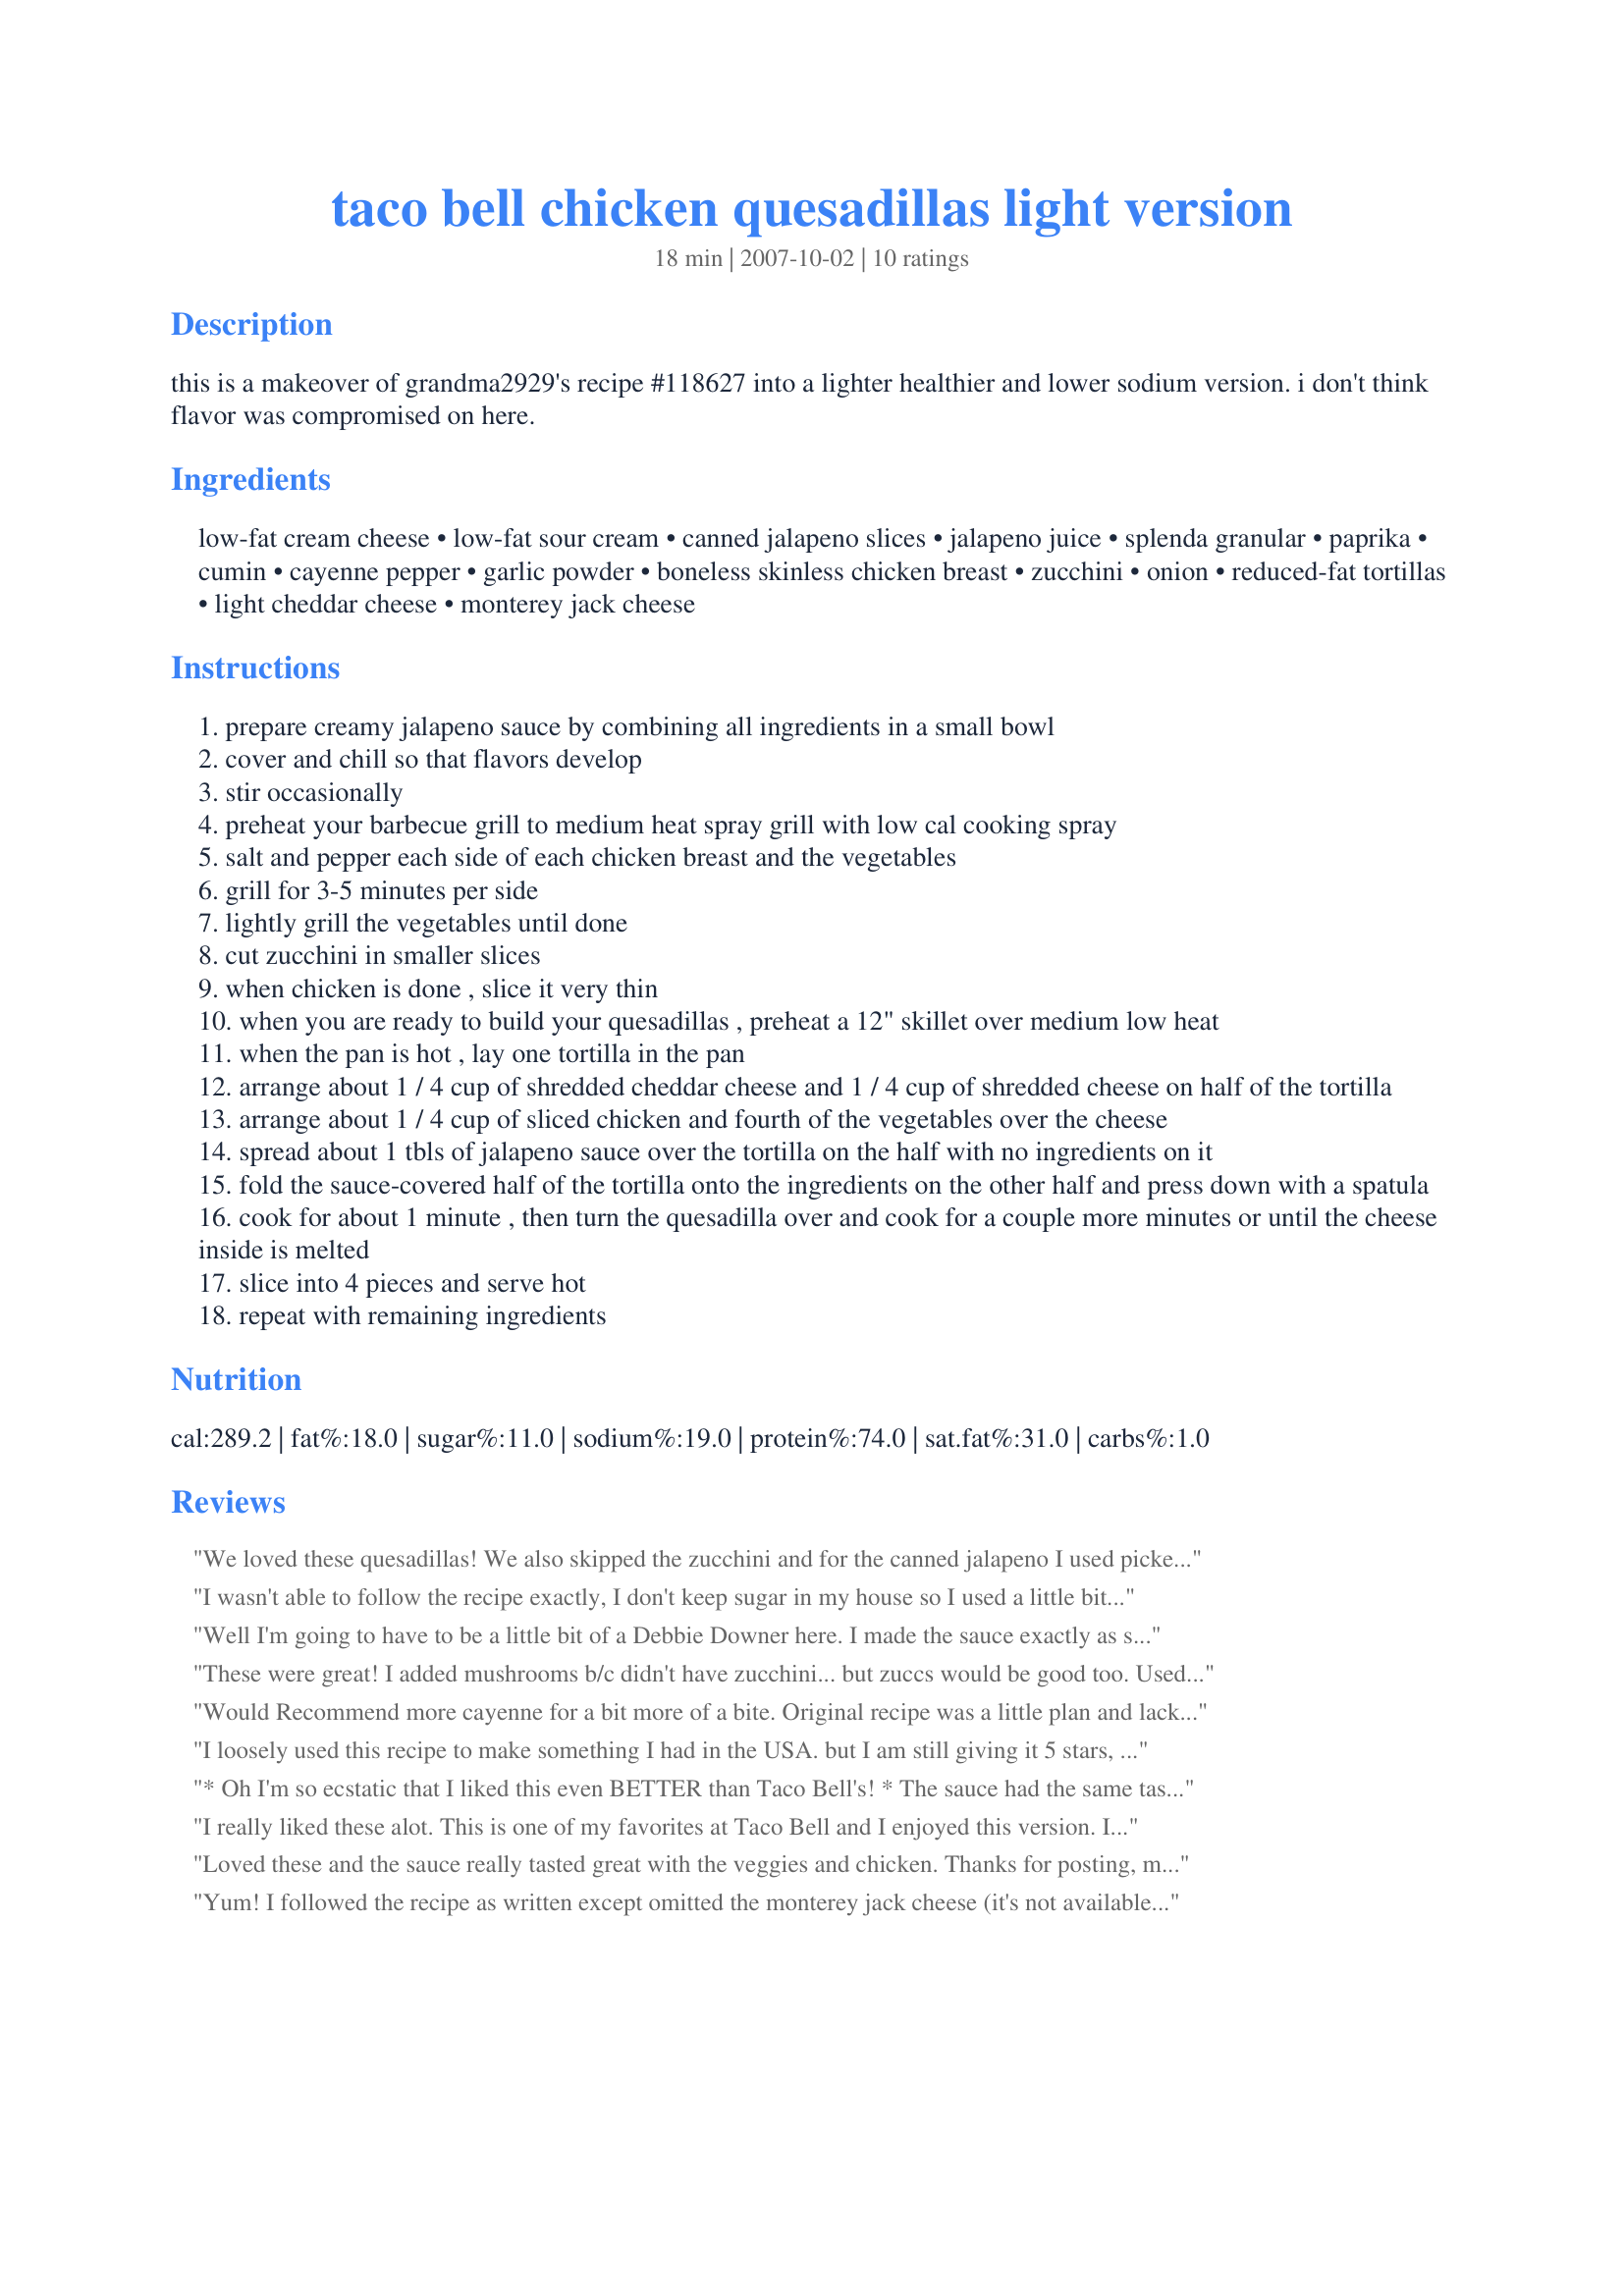
taco bell chicken quesadillas light version
Preparation time: 18 minutes

this is a makeover of grandma2929's recipe #118627 into a lighter healthier and lower sodium version. i don't think flavor was compromised on here.

Ingredients:
low-fat cream cheese, low-fat sour cream, canned jalapeno slices, jalapeno juice, splenda granular, paprika, cumin, cayenne pepper, garlic powder, boneless skinless chicken breast, zucchini, onion, reduced-fat tortillas, light cheddar cheese, monterey jack cheese

Steps:
prepare creamy jalapeno sauce by combining all ingredients in a small bowl
cover and chill so that flavors develop
stir occasionally
preheat your barbecue grill to medium heat spray grill with low cal cooking spray
salt and pepper each side of each chicken breast and the vegetables
grill for 3-5 minutes per side
lightly grill the vegetables until done
cut zucchini in smaller slices
when chicken is done , slice it very thin
when you are ready to build your quesadillas , preheat a 12" skillet over medium low heat
when the pan is hot , lay one tortilla in the pan
arrange about 1 / 4 cup of shredded cheddar cheese and 1 / 4 cup of shredded cheese on half of the tortilla
arrange about 1 / 4 cup of sliced chicken and fourth of the vegetables over the cheese
spread about 1 tbls of jalapeno sauce over the tortilla on the half with no ingredients on it
fold the sauce-covered half of the tortilla onto the ingredients on the other half and press down with a spatula
cook for about 1 minute , then turn the quesadilla over and cook for a couple more minutes or until the cheese inside is melted
slice into 4 pieces and serve hot
repeat with remaining ingredients

Reviews:
We loved these quesadillas! We also skipped the zucchini and for the canned jalapeno I used pickeled jalapeno (medium heat). It doesn't say when to use the seasonings, so I just combined everything in a cup and sprinkled over the chicken and onions. I also broiled the chicken and onions rather than grilling them. Thanks for sharing this recipe which we had with fruit salad (recipe#242259).
I wasn't able to follow the recipe exactly, I don't keep sugar in my house so I used a little bit of honey instead(the good kind) and didn't have paprika or cumin either, but everything else was exact and OMG they were so delicious! I want to say it tastes better than Taco Bell's but they were better! Like a 5 star classy Taco Bell!!! My husband and kids have been asking me to make them all week, every night! They're like &quot;Mommy can we have the Mexican grilled cheese again?!&quot; (that's what they call them) lol 5 STARS!!
Well I'm going to have to be a little bit of a Debbie Downer here. I made the sauce exactly as stated (using the sour cream option) and to me it just seemed SOO sweet, and with the kind of odd aftertaste that Splenda has I found these quesadillas a little hard to get down :( I'm not even sure I would like it with regular sugar because pairing something that sweet with chicken just didn't wind up tasting good to me.
These were great! I added mushrooms b/c didn't have zucchini... but zuccs would be good too. Used cheddar and mozz, b/c what we had. Will be making these again. I wonder, too, if I could lower the sugar a bit w/out ruining flavour? Anyway, thx for the yummy recipe!
Would Recommend more cayenne for a bit more of a bite. Original recipe was a little plan and lacking spice. In all great recipe i will be using more often!!!!!!!!!!!!!!!
I loosely used this recipe to make something I had in the USA.
but I am still giving it 5 stars, cause it was a great guide.
My nephew is still suckinjg ice, but I loved it.
really is nothing like this in Oz, will send this to people :)
* Oh I'm so ecstatic that I liked this even BETTER than Taco Bell's! * The sauce had the same taste but BETTER because it was MORE flavorful and definitely spicier,maybe because I chilled it overnight. I used the light mayo version and omitted the veggies to best compare it to the Taco Bell version. Next time I'll try fat free mayo; the sauce was so flavorful that I think it would still be great. In lieu of half regular cheese and half light, I only used Kraft 2% Mexican Cheese. To save time I also used Perdue Short Cuts southwestern style carved chicken breast, and a 10 oz (two cup) package is more than enough for the four servings. Note that when you use four tortillas, each quesadilla uses two tortillas and serves two. Thanks for the makeover!
I really liked these alot. This is one of my favorites at Taco Bell and I enjoyed this version. I did omit the zucchini, but I did everything else the same. Loved it. Thanks for sharing!
Loved these and the sauce really tasted great with the veggies and chicken. Thanks for posting, made for Everyday is a Holiday tag game.
Yum! I followed the recipe as written except omitted the monterey jack cheese (it's not available in Australia) and I couldn't find a small zucchini at the supermarket so I left that out the zucchini as well. The directions may look long but it's perfect detail and once everything is prepared (which didn't take long) it's very simple to put everything together. The flavour was so yummy. I had two servings on my own. Thank you MarraMamba
